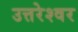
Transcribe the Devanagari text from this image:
उत्तरेश्‍वर